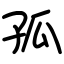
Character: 孤